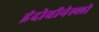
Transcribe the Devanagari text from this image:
इंदोवीनेल्लो